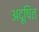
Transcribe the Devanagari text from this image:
अदूषित